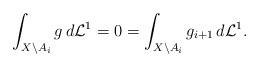
LaTeX: \begin{align*}\int_{X\setminus A_i}g\,d\mathcal L^1 =0=\int_{X\setminus A_i}g_{i+1}\,d\mathcal L^1 .\end{align*}